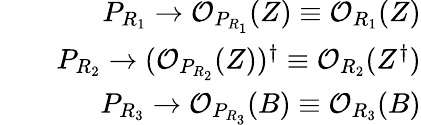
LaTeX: \begin{array}{rlr}&{}&{P_{R_{1}}\rightarrow\mathcal{O}_{P_{R_{1}}}(Z)\equiv\mathcal{O}_{R_{1}}(Z)}\\ &{}&{P_{R_{2}}\rightarrow(\mathcal{O}_{P_{R_{2}}}(Z))^{\dagger}\equiv\mathcal{O}_{R_{2}}(Z^{\dagger})}\\ &{}&{P_{R_{3}}\rightarrow\mathcal{O}_{P_{R_{3}}}(B)\equiv\mathcal{O}_{R_{3}}(B)}\end{array}